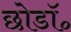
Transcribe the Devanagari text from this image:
छोडॉ॰